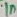
Text: 1N